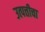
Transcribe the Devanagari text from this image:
उत्पत्तीचा